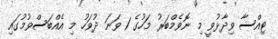
ޓިއްސާ ވިދާޅުވީ މި ނޮވެމްބަރު މަހުގެ 1 ވަނަ ދުވަހު މި އެއްބަސްވުމުގައި